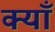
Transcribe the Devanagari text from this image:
क्याँ